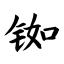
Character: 铷